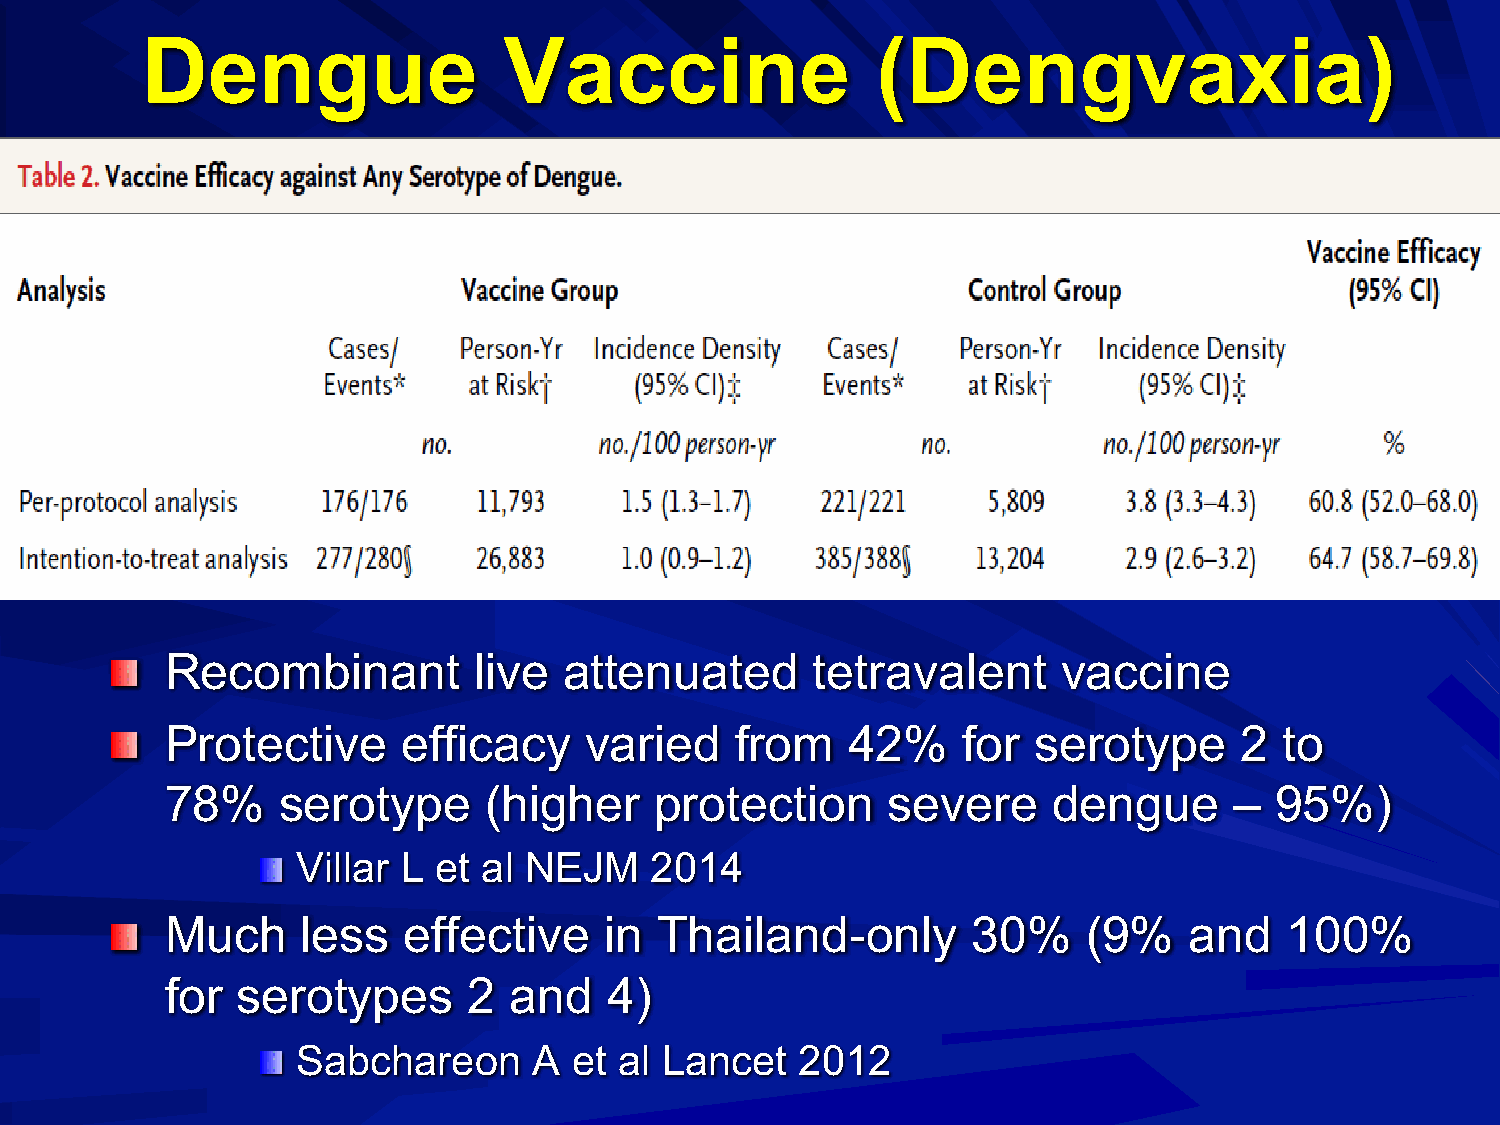
Dengue                  Vaccine                  (Dengvaxia)
 Recombinant         live  attenuated       tetravalent     vaccine
 Protective      efficacy    varied    from   42%     for  serotype     2  to
 78%    serotype      (higher    protection      severe     dengue      – 95%)
 Villar L et al NEJM    2014
 Much     less   effective    in Thailand-only        30%     (9%    and   100%
 for  serotypes      2  and   4)
 Sabchareon     A  et al Lancet   2012